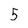
Character: 5